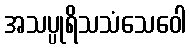
အသပ္ပုရိသသံသေဝေါ